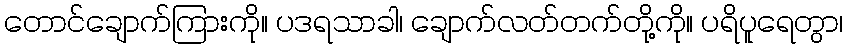
တောင်ချောက်ကြားကို။ ပဒရသာခါ၊ ချောက်လတ်တက်တို့ကို။ ပရိပူရေတွာ၊